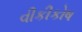
વીકીકોષ